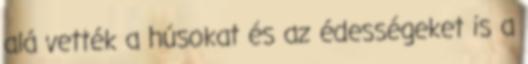
alá vették a húsokat és az édességeket is a